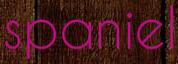
spaniel